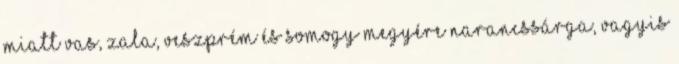
miatt Vas, Zala, Veszprém és Somogy megyére narancssárga, vagyis